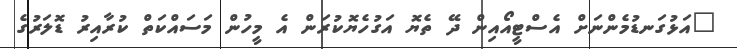
"އަޅުގަނޑުމެންނަށް އެސްޓީއޯއިން ދޭ ތެޔޮ އަގުހެޔޮކުރަން އެ މީހުން މަސައްކަތް ކުރާއިރު ޑޮލަރުގެ